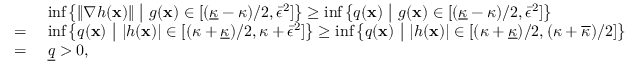
\begin{array} { r l } & { ~ \operatorname* { i n f } \left\{ \| \nabla h ( { \mathbf x } ) \| ~ \big | ~ g ( { \mathbf x } ) \in [ ( \underline { \kappa } - \kappa ) / 2 , \bar { \epsilon } ^ { 2 } ] \right\} \geq \operatorname* { i n f } \left\{ q ( { \mathbf x } ) ~ \big | ~ g ( { \mathbf x } ) \in [ ( \underline { \kappa } - \kappa ) / 2 , \bar { \epsilon } ^ { 2 } ] \right\} } \\ { = } & { ~ \operatorname* { i n f } \left\{ q ( { \mathbf x } ) ~ \big | ~ | h ( { \mathbf x } ) | \in [ ( \kappa + \underline { \kappa } ) / 2 , \kappa + \bar { \epsilon } ^ { 2 } ] \right\} \geq \operatorname* { i n f } \left\{ q ( { \mathbf x } ) ~ \big | ~ | h ( { \mathbf x } ) | \in [ ( \kappa + \underline { \kappa } ) / 2 , ( \kappa + \overline { \kappa } ) / 2 ] \right\} } \\ { = } & { ~ \underline { { q } } > 0 , } \end{array}